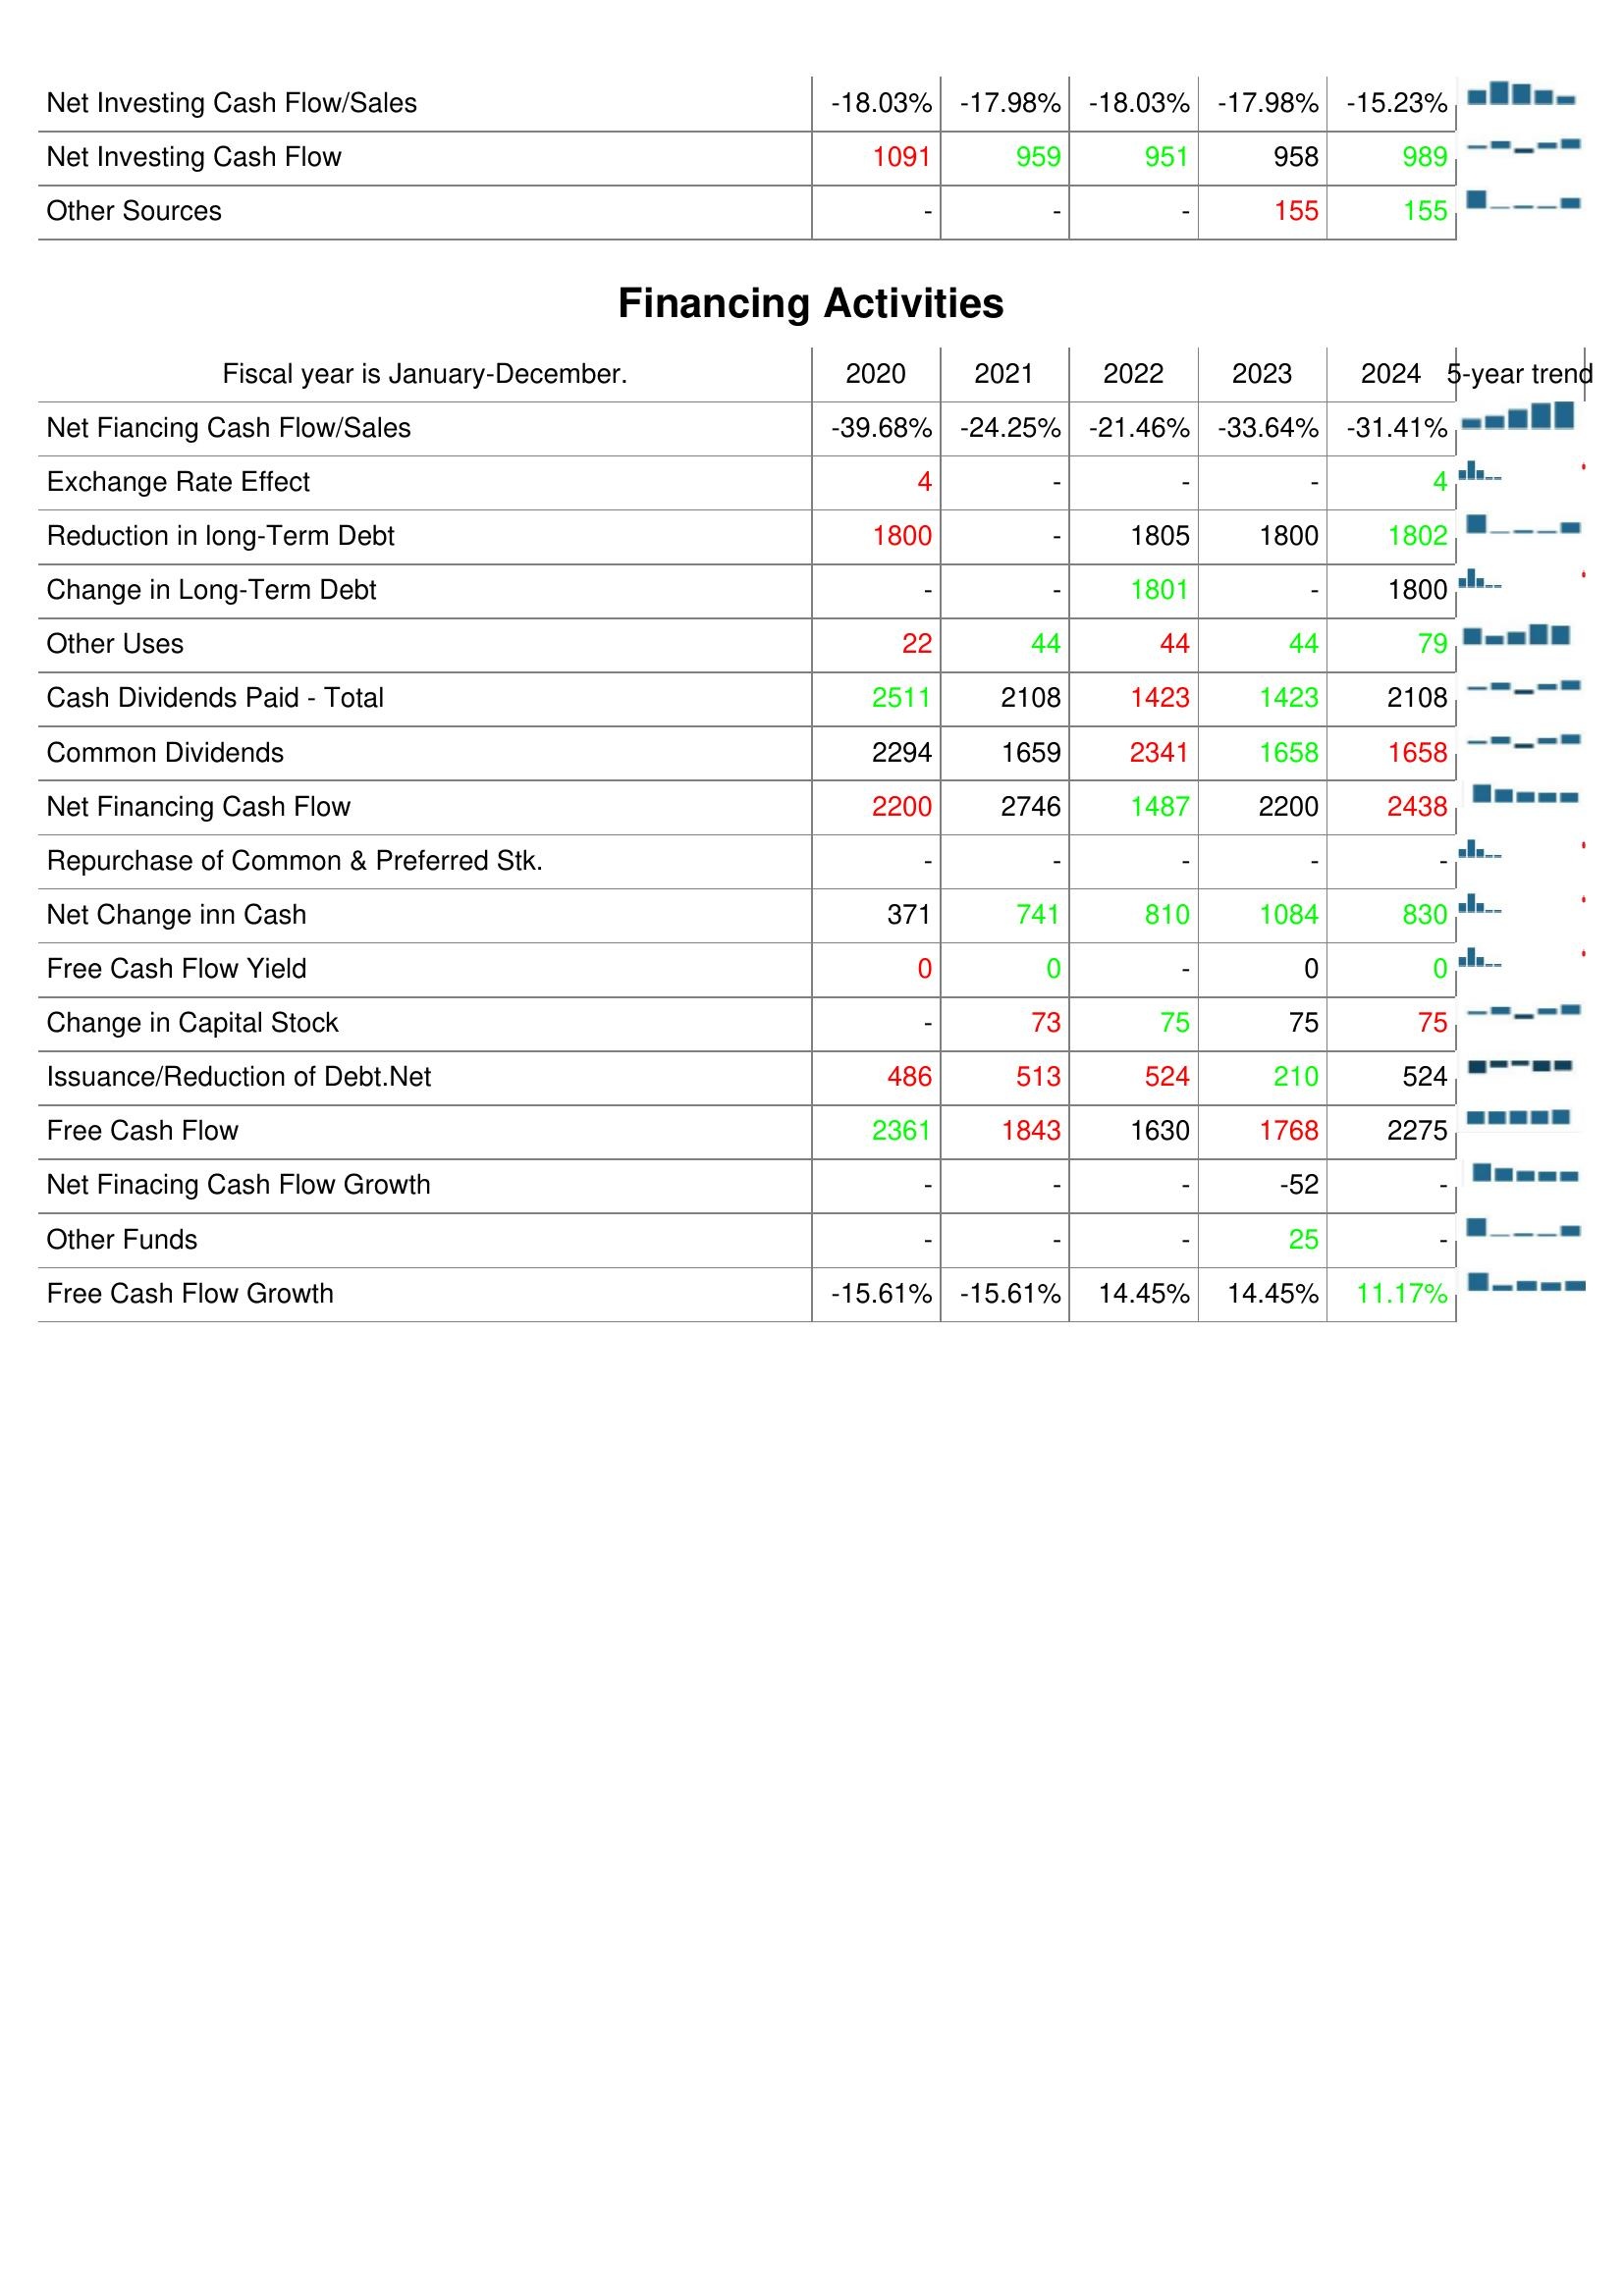
2020: Investing Activities: Net Investing Cash Flow/Sales: -18.03%
Net Investing Cash Flow: 1091
Other Sources: -
Financing Activities: Net Fiancing Cash Flow/Sales: -39.68%
Exchange Rate Effect: 4
Reduction in long-Term Debt: 1800
Change in Long-Term Debt: -
Other Uses: 22
Cash Dividends Paid - Total: 2511
Common Dividends: 2294
Net Financing Cash Flow: 2200
Repurchase of Common & Preferred Stk.: -
Net Change inn Cash: 371
Free Cash Flow Yield: 0
Change in Capital Stock: -
Issuance/Reduction of Debt.Net: 486
Free Cash Flow: 2361
Net Finacing Cash Flow Growth: -
Other Funds: -
Free Cash Flow Growth: -15.61%
2021: Investing Activities: Net Investing Cash Flow/Sales: -17.98%
Net Investing Cash Flow: 959
Other Sources: -
Financing Activities: Net Fiancing Cash Flow/Sales: -24.25%
Exchange Rate Effect: -
Reduction in long-Term Debt: -
Change in Long-Term Debt: -
Other Uses: 44
Cash Dividends Paid - Total: 2108
Common Dividends: 1659
Net Financing Cash Flow: 2746
Repurchase of Common & Preferred Stk.: -
Net Change inn Cash: 741
Free Cash Flow Yield: 0
Change in Capital Stock: 73
Issuance/Reduction of Debt.Net: 513
Free Cash Flow: 1843
Net Finacing Cash Flow Growth: -
Other Funds: -
Free Cash Flow Growth: -15.61%
2022: Investing Activities: Net Investing Cash Flow/Sales: -18.03%
Net Investing Cash Flow: 951
Other Sources: -
Financing Activities: Net Fiancing Cash Flow/Sales: -21.46%
Exchange Rate Effect: -
Reduction in long-Term Debt: 1805
Change in Long-Term Debt: 1801
Other Uses: 44
Cash Dividends Paid - Total: 1423
Common Dividends: 2341
Net Financing Cash Flow: 1487
Repurchase of Common & Preferred Stk.: -
Net Change inn Cash: 810
Free Cash Flow Yield: -
Change in Capital Stock: 75
Issuance/Reduction of Debt.Net: 524
Free Cash Flow: 1630
Net Finacing Cash Flow Growth: -
Other Funds: -
Free Cash Flow Growth: 14.45%
2023: Investing Activities: Net Investing Cash Flow/Sales: -17.98%
Net Investing Cash Flow: 958
Other Sources: 155
Financing Activities: Net Fiancing Cash Flow/Sales: -33.64%
Exchange Rate Effect: -
Reduction in long-Term Debt: 1800
Change in Long-Term Debt: -
Other Uses: 44
Cash Dividends Paid - Total: 1423
Common Dividends: 1658
Net Financing Cash Flow: 2200
Repurchase of Common & Preferred Stk.: -
Net Change inn Cash: 1084
Free Cash Flow Yield: 0
Change in Capital Stock: 75
Issuance/Reduction of Debt.Net: 210
Free Cash Flow: 1768
Net Finacing Cash Flow Growth: -52
Other Funds: 25
Free Cash Flow Growth: 14.45%
2024: Investing Activities: Net Investing Cash Flow/Sales: -15.23%
Net Investing Cash Flow: 989
Other Sources: 155
Financing Activities: Net Fiancing Cash Flow/Sales: -31.41%
Exchange Rate Effect: 4
Reduction in long-Term Debt: 1802
Change in Long-Term Debt: 1800
Other Uses: 79
Cash Dividends Paid - Total: 2108
Common Dividends: 1658
Net Financing Cash Flow: 2438
Repurchase of Common & Preferred Stk.: -
Net Change inn Cash: 830
Free Cash Flow Yield: 0
Change in Capital Stock: 75
Issuance/Reduction of Debt.Net: 524
Free Cash Flow: 2275
Net Finacing Cash Flow Growth: -
Other Funds: -
Free Cash Flow Growth: 11.17%